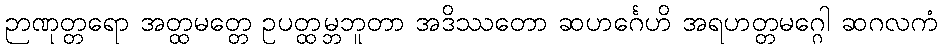
ဉာဏုတ္တရော အတ္ထမတ္တေ ဥပတ္ထမ္ဘဘူတာ အဒိဿတော ဆဟင်္ဂေဟိ အရဟတ္တမဂ္ဂေါ ဆဂလကံ